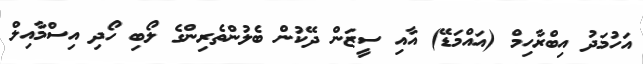
އަހުމަދު އިބްރާހިމް (އައްމަޑޭ) އާއި ސީޒަން ދޭކުން ބެލުންތެރިންގެ ލޯބި ހޯދި އިސްމާއިލް